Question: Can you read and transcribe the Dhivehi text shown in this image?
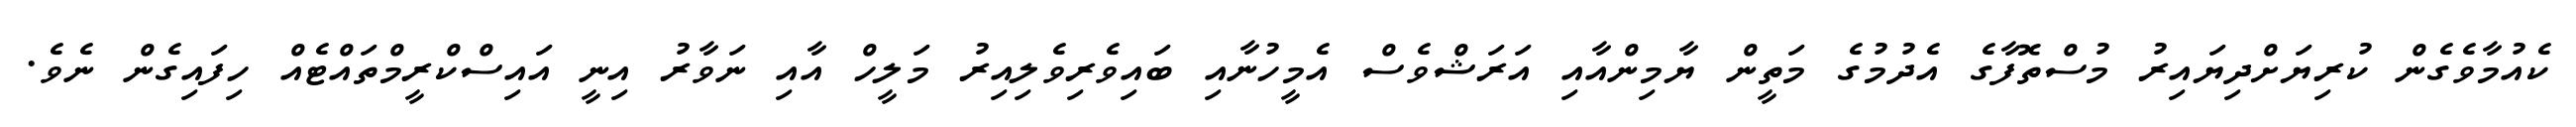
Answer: ކެއުމާވެގެން ކުރިޔަށްދިޔައިރު މުސްތޮފާގެ އެދުމުގެ މަތީން ޔާމިންއާއި އަރަޝްވެސް އެމީހުނާއި ބައިވެރިވެލިއިރު މަލީހް އާއި ނަވާރު އިނީ އައިސްކްރީމްތައްޓެއް ހިފައިގެން ނެވެ.